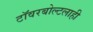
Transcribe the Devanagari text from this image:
टॉवरबोल्टलाही